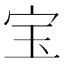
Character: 宝